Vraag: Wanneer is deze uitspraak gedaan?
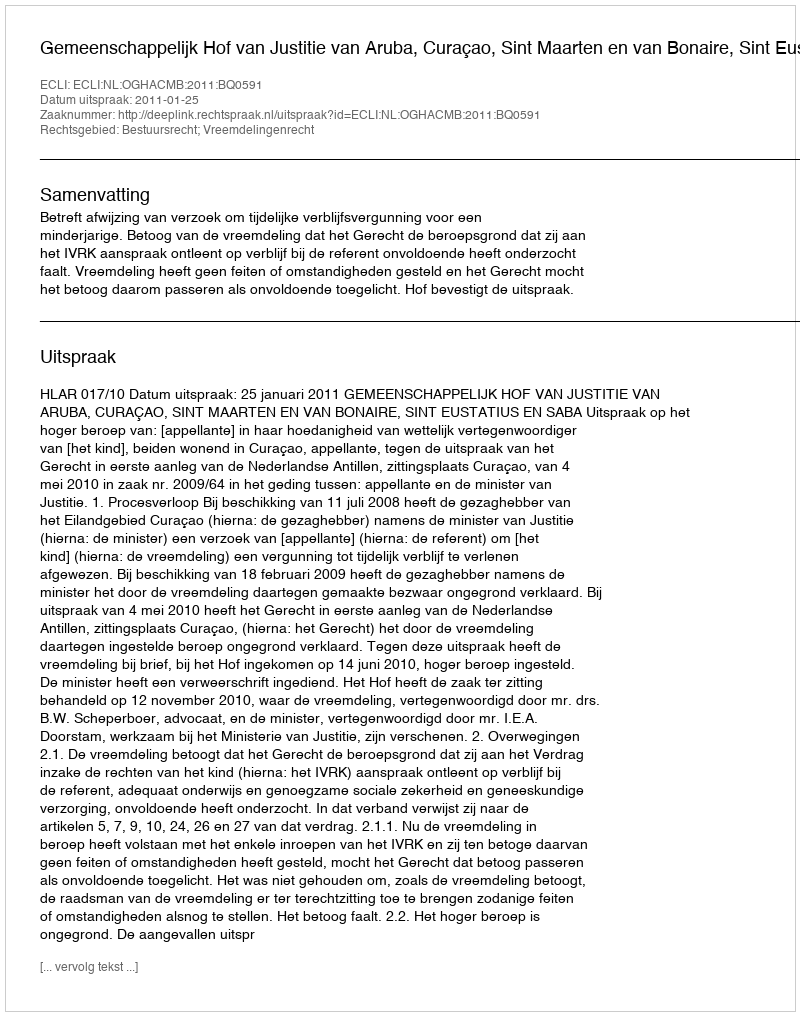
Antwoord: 2011-01-25